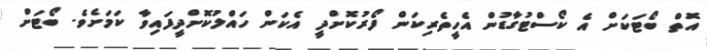
އޮތް ބޯޓަކަށް އެ ކޯސްޓުގާޑުން އެހީތެރިކަން ފޯރުކޮށްދީ އެކަން ހައްލުކޮށްދީފައިވާ ކަމަށެވެ. ބޯޓަށް